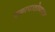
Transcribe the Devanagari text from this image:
एकापाठोपाठर